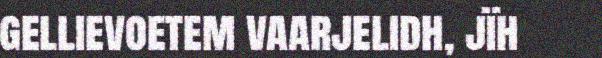
gellievoetem vaarjelidh, jïh